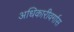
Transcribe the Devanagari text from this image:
अधिकारीवर्गास